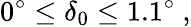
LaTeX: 0^{\circ}\le\delta_{0}\le 1.1^{\circ}~,